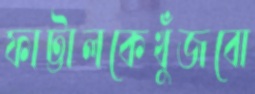
ফাট্টালকেখুঁজবো